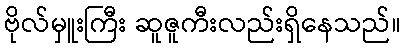
ဗိုလ်မှူးကြီး ဆူဇူကီးလည်းရှိနေသည်။